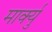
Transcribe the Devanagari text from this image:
मार्क्यु